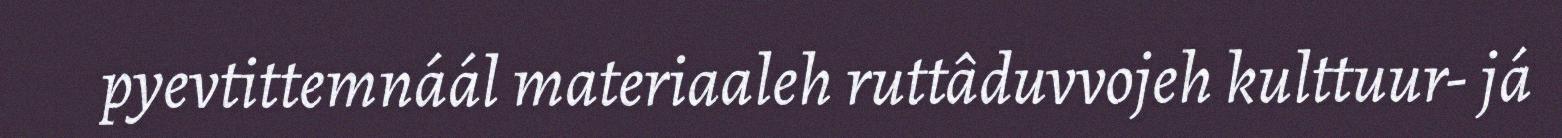
pyevtittemnáál materiaaleh ruttâduvvojeh kulttuur- já